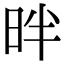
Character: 㫠